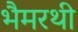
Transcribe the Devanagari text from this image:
भैमरथी